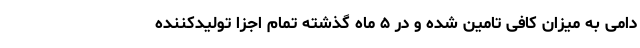
دامی به میزان کافی تامین شده و در ۵ ماه گذشته تمام اجزا تولیدکننده